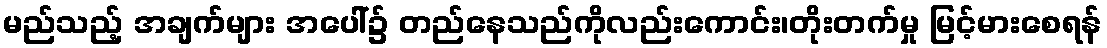
မည်သည့် အချက်များ အပေါ်၌ တည်နေသည်ကိုလည်းကောင်း၊တိုးတက်မှု မြင့်မားစေရန်